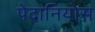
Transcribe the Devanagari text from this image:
पेदानियोस